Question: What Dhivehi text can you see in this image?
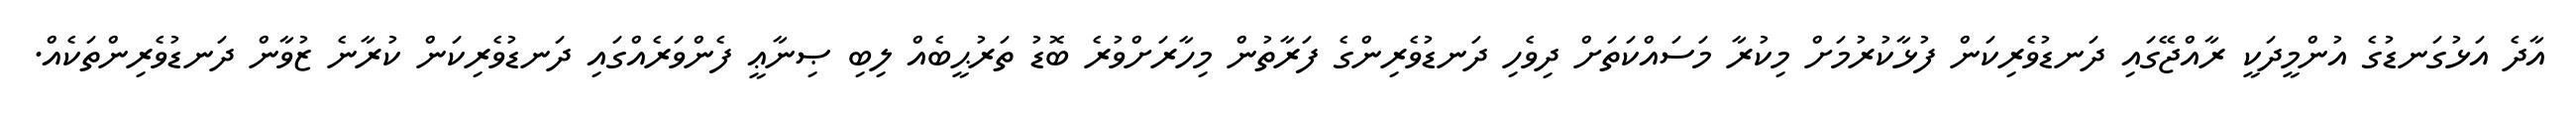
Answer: އާދެ އަޅުގަނޑުގެ އުންމީދަކީ ރާއްޖޭގައި ދަނޑުވެރިކަން ފުޅާކުރުމަށް މިކުރާ މަސައްކަތަށް ދިވެހި ދަނޑުވެރިންގެ ފަރާތުން މިހާރަށްވުރެ ބޮޑު ތަރުޙީބެއް ލިބި ޞިނާޢީ ފެންވަރެއްގައި ދަނޑުވެރިކަން ކުރާނެ ޒުވާން ދަނޑުވެރިންތަކެއް.